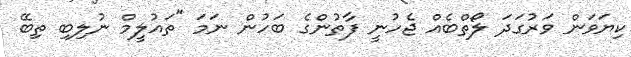
ކިޔަވަން ވަރުގަދަ ލޯތްބެއް ޖެހުނީ ފާތުންގެ ބަހުން ނަމަ "ތައުލީމް ނުލިބި ތިބޭ